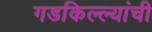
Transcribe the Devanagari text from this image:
गडकिल्ल्यांची